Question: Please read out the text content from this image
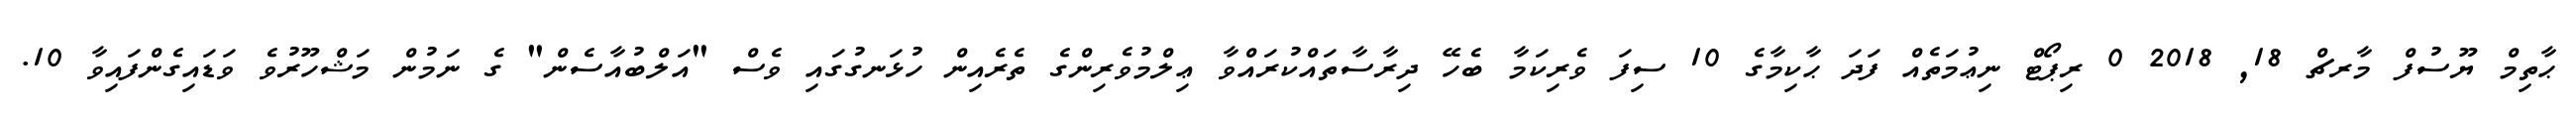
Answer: ޙާތިމް ޔޫސުފް މާރޗް 18, 2018 0 ރިޕޯޓް ނިޢުމަތެއް ފަދަ ޙާކިމާގެ 10 ސިފަ ވެރިކަމާ ބެހޭ ދިރާސާތައްކުރައްވާ ޢިލްމުވެރިންގެ ތެރެއިން ހުޅަނގުގައި ވެސް "އަލްބުއާސެން" ގެ ނަމުން މަޝްހޫރުވެ ވަޑައިގެންފައިވާ 10.